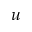
\boldsymbol { u }